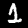
Label: 1